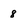
Character: 8